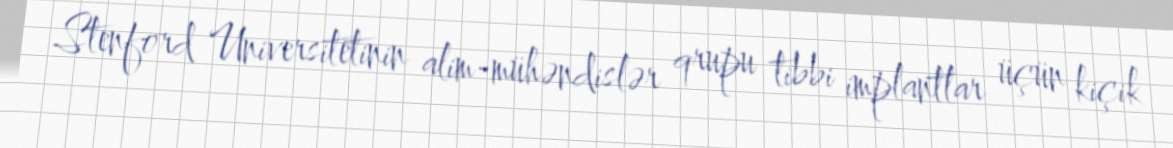
Stenford Universitetinin alim-mühəndislər qrupu tibbi implantlar üçün kiçik